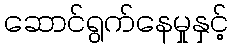
ဆောင်ရွက်နေမှုနှင့်